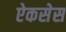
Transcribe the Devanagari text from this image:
ऐकसेस